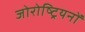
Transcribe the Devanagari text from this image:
जोरोष्ट्रियनों